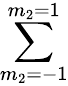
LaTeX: \sum_{m_{2}=-1}^{m_{2}=1}